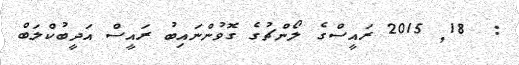
:  18